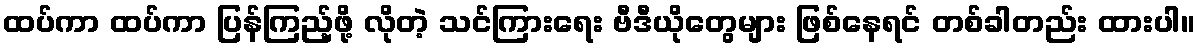
ထပ်ကာ ထပ်ကာ ပြန်ကြည့်ဖို့ လိုတဲ့ သင်ကြားရေး ဗီဒီယိုတွေများ ဖြစ်နေရင် တစ်ခါတည်း ထားပါ။